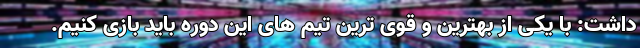
داشت: با یکی از بهترین و قوی ترین تیم های این دوره باید بازی کنیم.